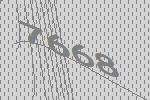
7668